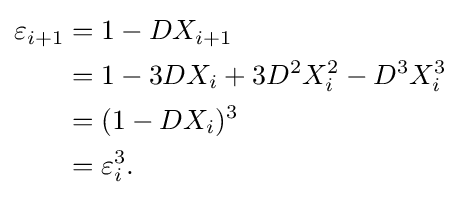
{\begin{aligned}\varepsilon _{i+1}&=1-DX_{i+1}\\&=1-3DX_{i}+3D^{2}X_{i}^{2}-D^{3}X_{i}^{3}\\&=(1-DX_{i})^{3}\\&=\varepsilon _{i}^{3}.\end{aligned}}